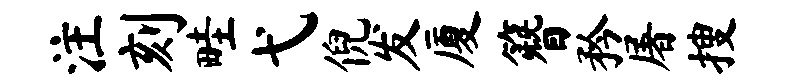
注刻畦弋倪发厦簪矜屠搜